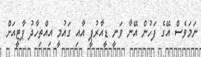
ނަމަވެސް އޭގެ ފަހުން އޭނާ ވަނީ ޑީއާރުޕީ އާއި ގައުމީ އިއްތިހާދު ޕާޓީއަށް